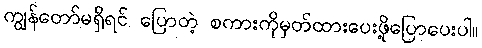
ကျွန်တော်မရှိရင် ပြောတဲ့ စကားကိုမှတ်ထားပေးဖို့ပြောပေးပါ။